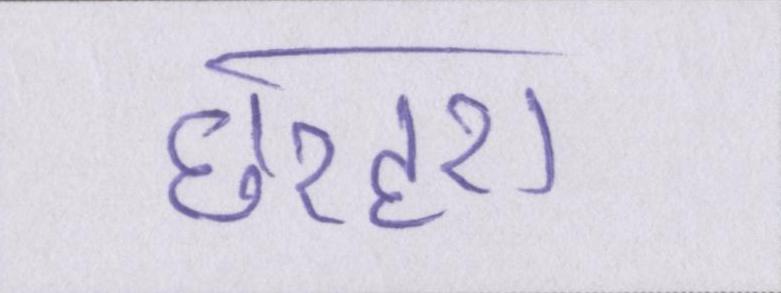
छरहरा